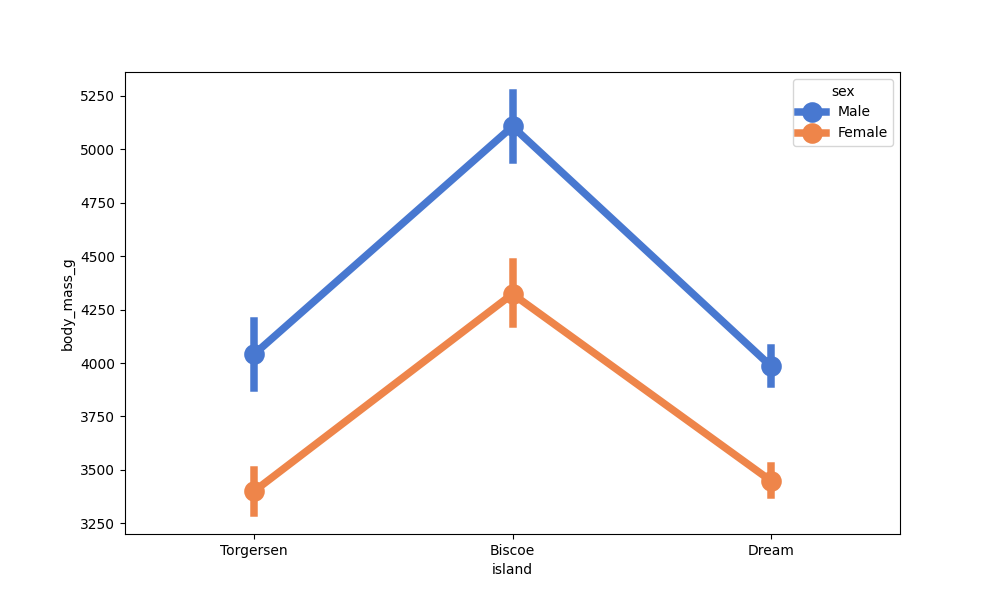
python, seaborn, pointplot, scale=2.0, join=True, hue='sex', palette='muted'